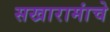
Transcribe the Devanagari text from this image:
सखारामांचे